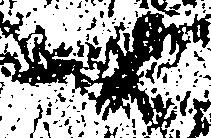
右